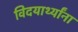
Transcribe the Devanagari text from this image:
विदयार्थ्यांना